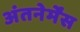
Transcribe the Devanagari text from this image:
अंतनेर्मेंस